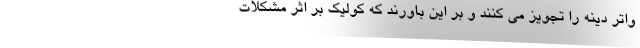
واتر دینه را تجویز می کنند و بر این باورند که کولیک بر اثر مشکلات